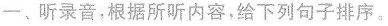
-、听录音,根据所听内容,给下列句子排序.。